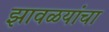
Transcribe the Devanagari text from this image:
झावळयांचा